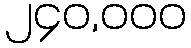
၂၄၀,၀၀၀